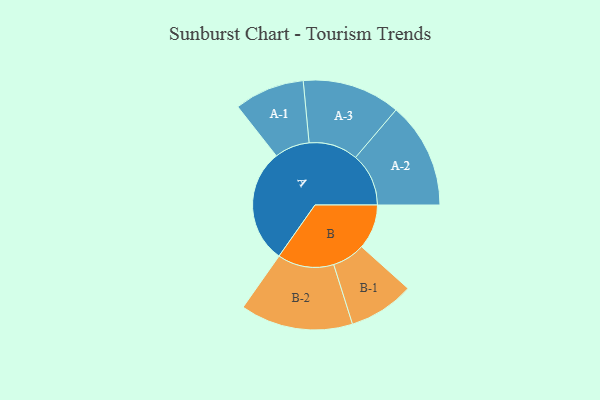
{"axis": {"x": "Segment", "y": "Value"}, "legend": ["", "A", "B"], "data": [{"x": "A", "y": 456, "type": ""}, {"x": "B", "y": 179, "type": ""}, {"x": "A-1", "y": 140, "type": "A"}, {"x": "A-2", "y": 212, "type": "A"}, {"x": "A-3", "y": 196, "type": "A"}, {"x": "B-1", "y": 131, "type": "B"}, {"x": "B-2", "y": 225, "type": "B"}]}